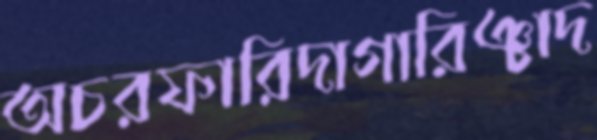
অচরফারিদাগারিঞ্চাদ